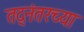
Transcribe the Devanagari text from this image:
तद्नंतरच्या